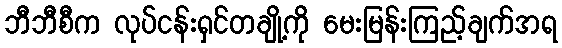
ဘီဘီစီက လုပ်ငန်းရှင်တချို့ကို မေးမြန်းကြည့်ချက်အရ